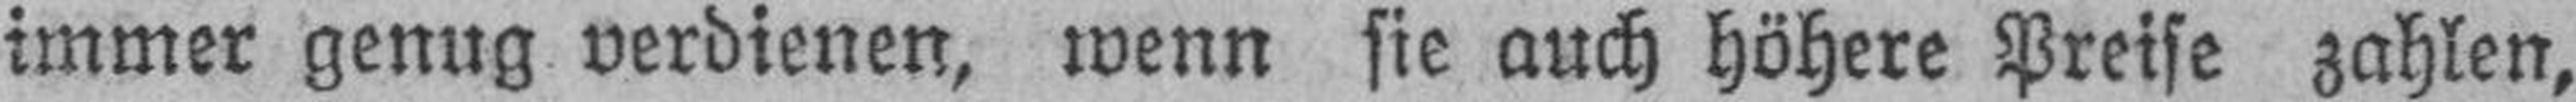
immer genug verdienen, wenn sie auch höhere Preise zahlen,